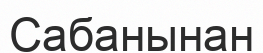
Сабанынан